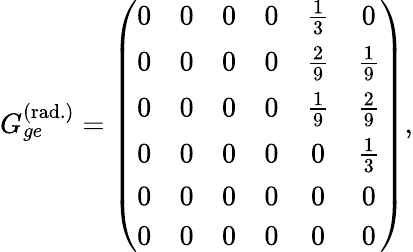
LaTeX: G_{ge}^{(\mathrm{rad.})}=\left(\begin{array}{cccccc}{0}&{0}&{0}&{0}&{\frac{1}{3}}&{0}\\ {0}&{0}&{0}&{0}&{\frac{2}{9}}&{\frac{1}{9}}\\ {0}&{0}&{0}&{0}&{\frac{1}{9}}&{\frac{2}{9}}\\ {0}&{0}&{0}&{0}&{0}&{\frac{1}{3}}\\ {0}&{0}&{0}&{0}&{0}&{0}\\ {0}&{0}&{0}&{0}&{0}&{0}\end{array}\right),